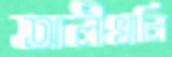
আলীখালি